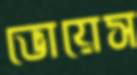
ভোয়েস